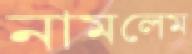
নামলেম